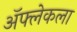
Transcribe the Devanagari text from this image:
ॲफ्लेकला